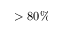
> 8 0 \%